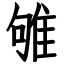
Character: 雊